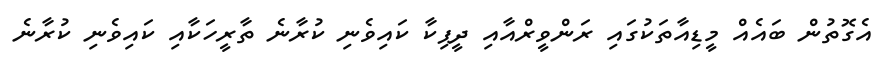
އެގޮތުން ބައެއް މީޑިއާތަކުގައި ރަންވީރްއާއި ދީޕިކާ ކައިވެނި ކުރާނެ ތާރީހަކާއި ކައިވެނި ކުރާނެ